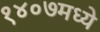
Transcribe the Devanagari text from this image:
१४०७मध्ये